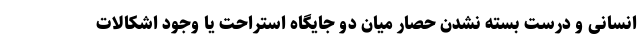
انسانی و درست بسته نشدن حصار میان دو جایگاه استراحت یا وجود اشکالات